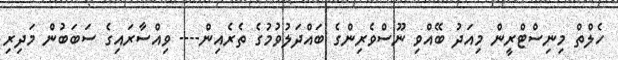
ހެލްތް މިނިސްޓްރީން މިއަދު ބޭއްވި ނޫސްވެރިންގެ ބައްދަލުވުމުގެ ތެރެއިން---- ވިއްސާރައިގެ ސަބަބުން މަދިރި